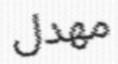
مھدل